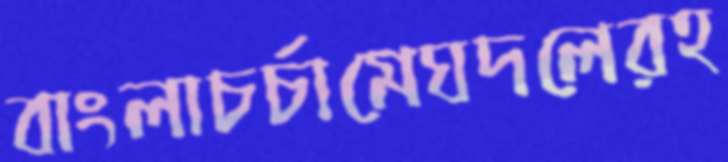
বাংলাচর্চামেঘদলেরহ